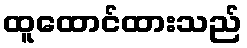
ထူထောင်ထားသည်